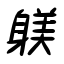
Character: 躾